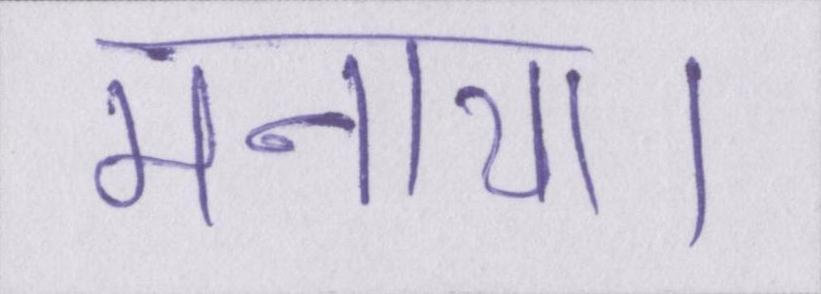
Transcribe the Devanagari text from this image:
मनाया।